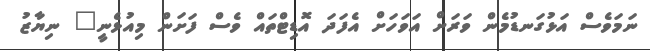
ނަމަވެސް އަޅުގަނޑުމެން ވަރަށް އަވަހަށް އެފަދަ އޮޑިޓްތައް ވެސް ފަށަން މިއުޅެނީ" ނިޔާޒު